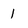
Character: 1